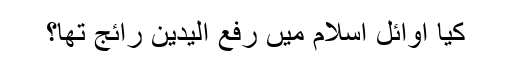
کیا اوائلِ اسلام میں‌ رفع الیدین رائج تھا؟